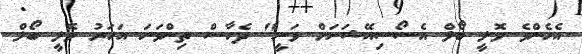
އެހެންވެ ވޮލީ ބޯލް އެސޯސިއޭޝަނަށް ވަނީ" ދެހާސް ތިންވަނަ އަހަރު ވޮލީ ބޯލް